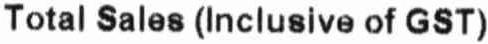
TOTAL SALES (INCLUSIVE OF GST)